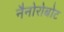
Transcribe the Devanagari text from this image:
नैनोरोबोट